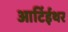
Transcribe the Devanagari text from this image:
आर्टिईथर